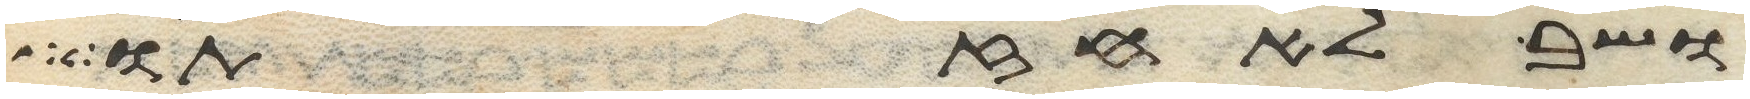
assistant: ושב לאחזתו